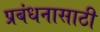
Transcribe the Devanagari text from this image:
प्रबंधनासाठी